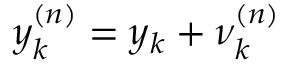
\v y _ { k } ^ { ( n ) } = \v y _ { k } + \v \nu _ { k } ^ { ( n ) }